Annual report on the working of the mental hospitals in the Madras Presidency - 1912-1932
Year: 1912
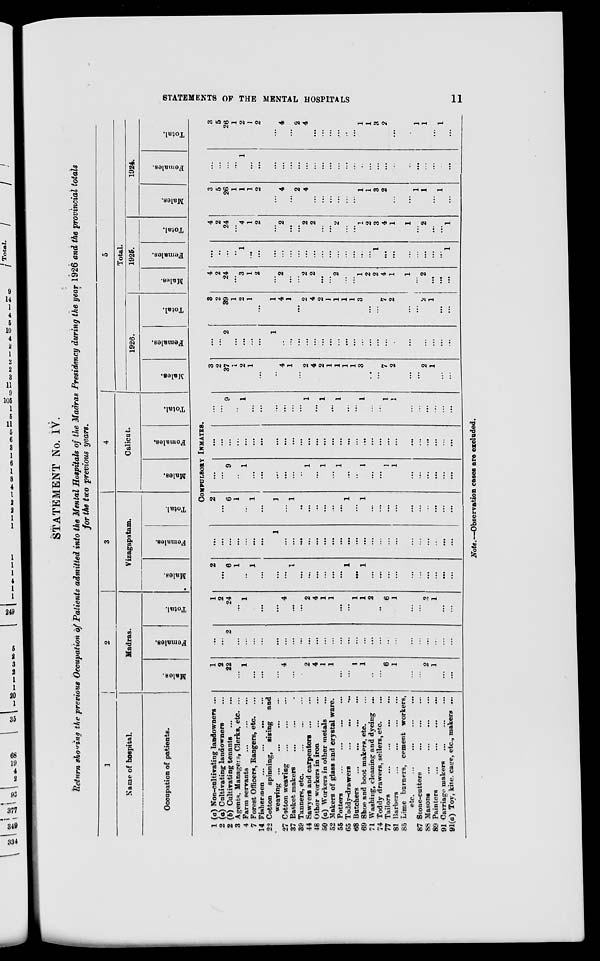
STATEMENTS OF THE MENTAL HOSPITALS
11
STATEMENT No. IV.
Return showing the previous Occupation of Patients admitted into the Mental Hospitals of the Madras Presidency during the year 1926 and the provincial totals
for the two previous years.
1
Name of hospital.
Occupation of patients.
2
Madras.
Males.
Females.
Total.
3
Vizagapatam.
Males.
Females.
Total.
4
Calicut.
Males.
Females.
Total.
5
Total.
1926.
Males.
Females.
Total.
1925.
Males.
Females.
Total.
1924.
Males.
Females.
Total.
COMPULSORY INMATES.
1 (a) Non-cultivating landowners ...
2 (a) Cultivating landowners ...
2 (b) Cultivating tenants
...
...
3 Agents, Managers, Clerks, etc. ...
4 Farm servants ... ... ...
7 Forest Officers, Rangers, etc. ...
14 Fishermen ... ... ... ...
22 Cotton spinning, siring and
weaving ...
...
... ...
27 Cotton weaving ... ... ...
37 Basket makers ... ... ...
39 Tanners, etc. ... ... ...
44 Sawyers and carpenters ... ...
48 Other workers in iron
...
...
50 (a) Workers in other metals ...
52 Makers of glass and crystal ware.
55 Potters
...
...
...
...
65 Toddy-drawers
...
...
...
68 Butchers
...
...
...
...
69 Shoe and boot makers, etc. ...
71 Washing, cleaning and dyeing ...
74 Toddy drawers, sellers, etc. ...
77 Tailors
...
...
...
...
81 Barbers ... ... ... ...
85 Lime burners, cement workers,
etc. ... ... ... ...
87 Stone-cutters ... ... ...
88 Masons ... ... ... ...
89 Painters
...
...
...
...
91 Carriage makers ... ... ...
91(a) Toy, kite, cage, etc., makers ...
1
2
22
...
1
...
...
...
4
...
...
2
4
1
1
...
...
1
1
...
...
6
1
...
...
2
1
...
...
...
...
2
...
...
...
...
...
...
...
...
...
...
...
...
...
...
...
...
...
...
..
...
...
...
...
...
...
...
1
2
24
...
1
...
...
...
4
...
...
2
4
1
1
...
...
1
1
2
...
6
1
...
...
2
1
...
...
2
...
6
1
...
1
...
...
...
1
...
...
...
...
...
...
1
...
1
...
...
...
...
...
...
...
...
...
...
...
...
...
...
...
...
...
1
...
...
...
...
...
...
...
...
...
...
...
...
...
...
...
...
...
...
...
...
...
2
...
6
1
...
1
...
1
...
1
...
...
...
...
...
...
1
...
1
...
...
...
...
...
...
...
...
...
...
...
...
9
...
1
...
...
...
...
...
...
1
...
1
...
1
...
...
1
...
...
1
1
...
...
...
...
...
...
...
...
...
...
...
...
...
...
...
...
...
...
...
...
...
...
...
...
...
...
...
...
...
...
...
...
...
...
...
...
...
9
...
1
...
...
...
...
...
...
1
...
1
...
1
...
...
1
...
...
1
1
...
...
...
...
...
...
3
2
37
1
2
1
...
...
4
1
...
2
4
2
1
1
1
1
3
...
...
7
2
...
...
2
1
...
...
...
...
2
...
...
...
...
1
...
...
...
...
...
...
...
...
...
...
...
...
...
...
...
...
...
...
...
...
...
3
2
39
1
2
1
...
1
4
1
...
2
4
2
1
1
1
1
3
...
...
7
2
...
...
2
1
...
...
4
2
24
...
3
1
2
...
2
...
...
2
2
...
...
2
...
...
1
2
2
4
1
1
...
2
...
...
...
...
...
...
...
1
...
...
...
...
...
...
...
...
...
...
...
...
...
...
...
1
...
...
...
...
...
...
...
1
4
2
24
...
4
1
2
...
2
...
...
2
2
...
...
2
...
...
1
2
3
4
1
1
...
2
...
...
1
3
5
26
1
1
1
2
...
4
...
2
4
...
...
...
...
...
...
1
1
3
2
...
...
1
1
...
1
...
...
...
...
...
1
...
...
...
...
...
...
...
...
...
...
...
...
...
...
...
...
...
...
...
...
...
...
...
...
3
5
26
1
2
1
2
...
4
...
2
4
...
...
...
...
...
...
1
1
3
2
...
...
1
1
...
1
...
Note.—Observation cases are excluded.